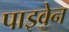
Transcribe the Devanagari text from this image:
पाइवेन